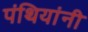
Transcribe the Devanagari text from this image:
पंथियांनी